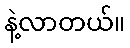
နဲ့လာတယ်။